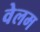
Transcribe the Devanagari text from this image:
वेलम